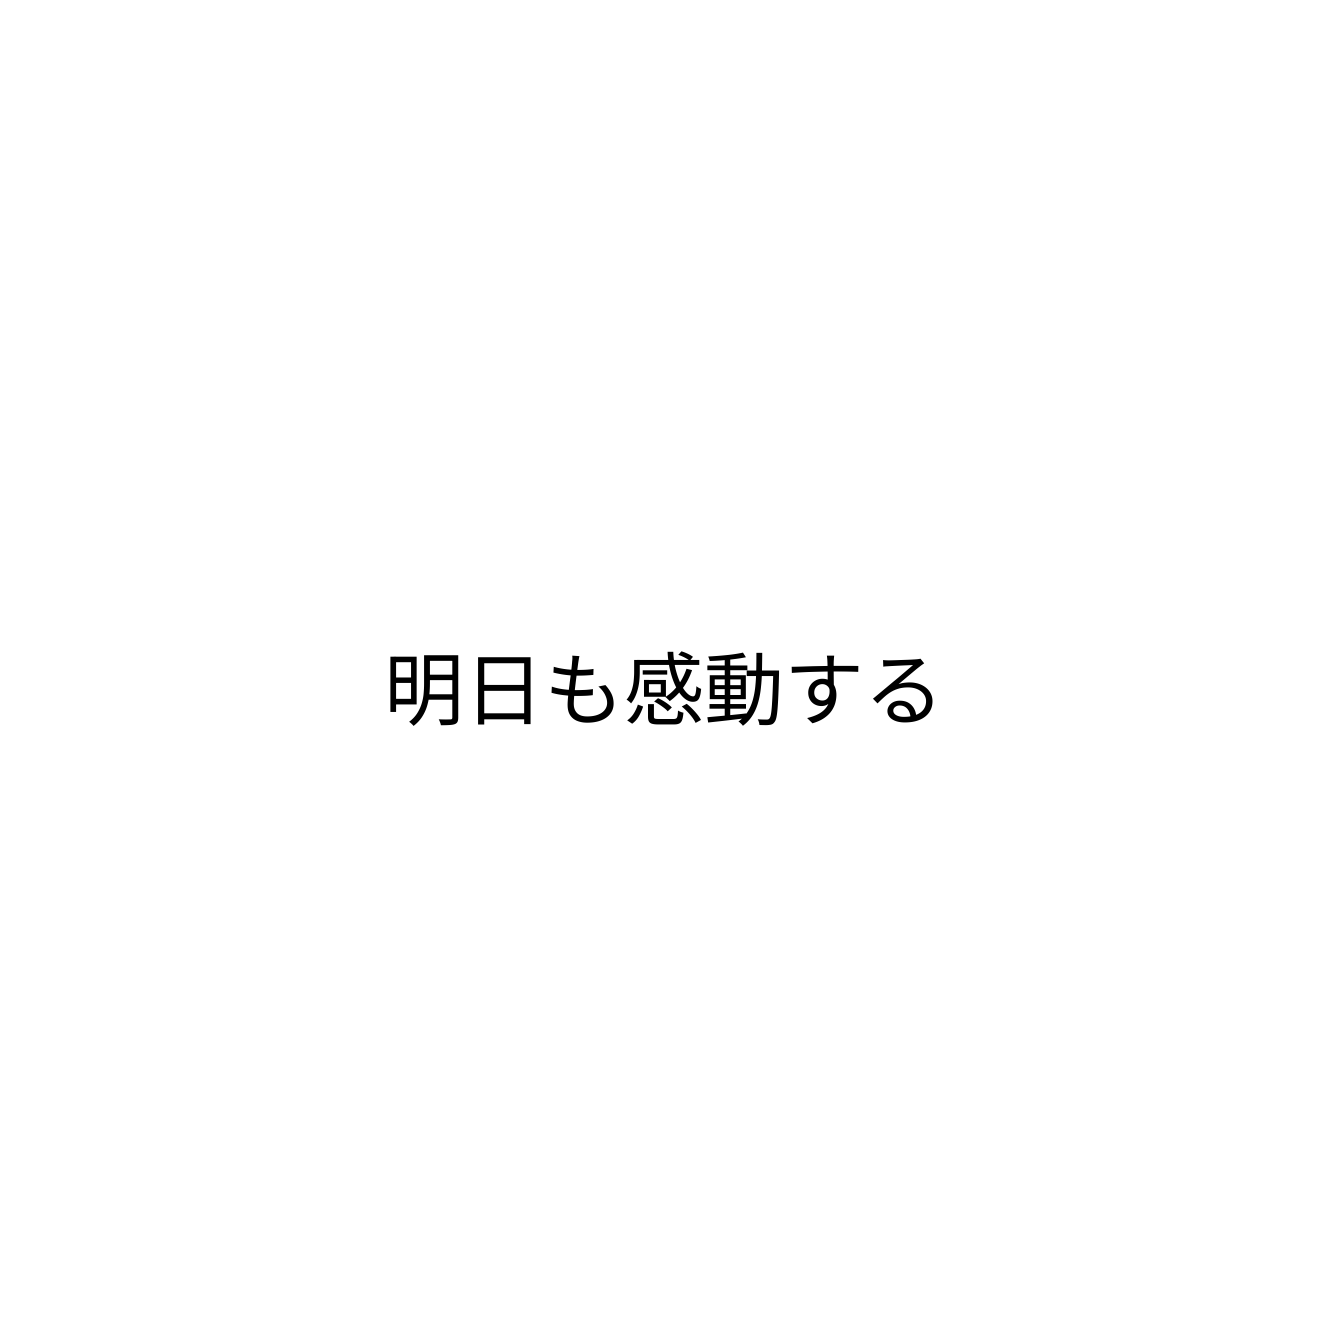
明日も感動する